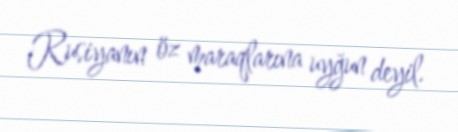
Rusiyanın öz maraqlarına uyğun deyil.